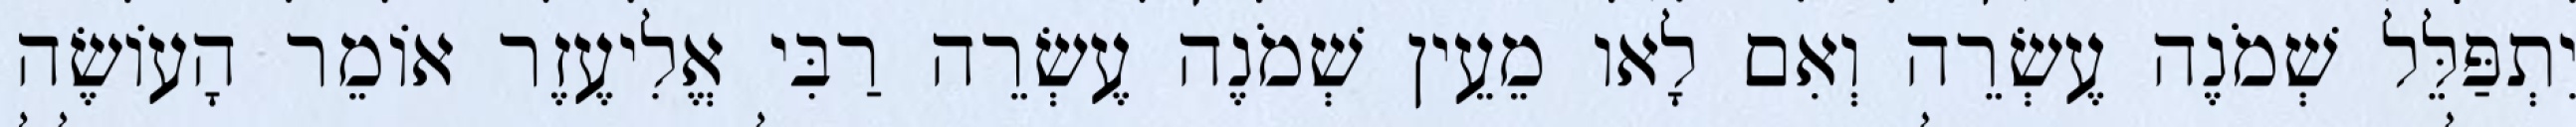
יִתְפַּלֵּל שְׁמֹנֶה עֶשְׂרֵה וְאִם לָאו מֵעֵין שְׁמֹנֶה עֶשְׂרֵה רַבִּי אֱלִיעֶזֶר אוֹמֵר הָעוֹשֶׂה